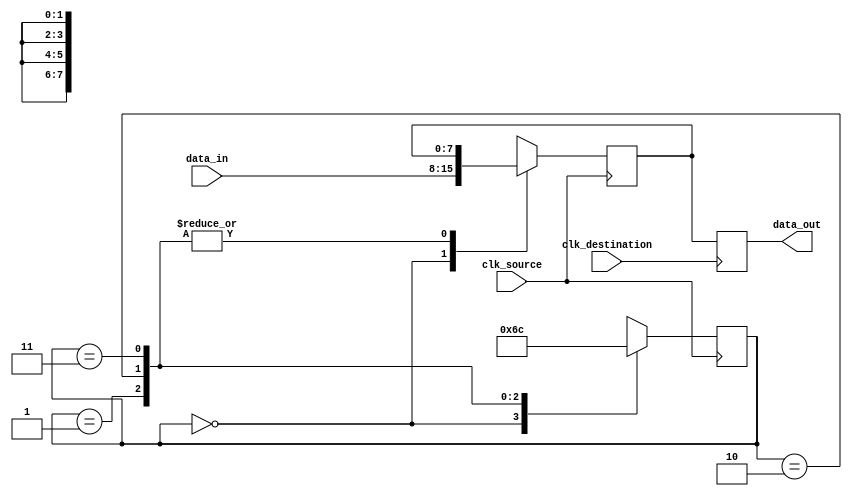
module BurstSynchronizer (
  input wire clk_source,
  input wire clk_destination,
  input wire [7:0] data_in,
  output reg [7:0] data_out
);

reg [7:0] sync_data;
reg [1:0] state;

always @(posedge clk_source) begin
  case(state)
    0: begin
      sync_data <= data_in;
      state <= 1;
    end
    1: begin
      sync_data <= sync_data;
      state <= 2;
    end
    2: begin
      sync_data <= sync_data;
      state <= 3;
    end
    3: begin
      sync_data <= sync_data;
      state <= 0;
    end
  endcase
end

always @(posedge clk_destination) begin
  data_out <= sync_data;
end

endmodule